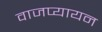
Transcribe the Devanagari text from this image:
वाजप्यायन